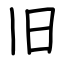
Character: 旧